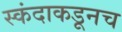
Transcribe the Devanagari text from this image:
स्कंदाकडूनच